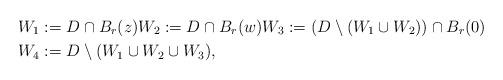
LaTeX: \begin{align*} W_1 &:= D \cap B_r(z) W_2 := D\cap B_r(w) W_3 := (D\setminus (W_1 \cup W_2)) \cap B_r(0) \\ W_4 &:= D\setminus (W_1 \cup W_2 \cup W_3), \end{align*}